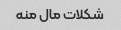
شکلات مال منه